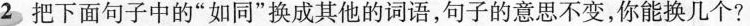
2 把下面句子中的”如同”换成其他的词语，句子的意思不变，你能换几个?